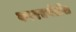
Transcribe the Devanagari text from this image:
कररचनेतील